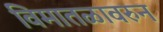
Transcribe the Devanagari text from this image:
विमातळावरुन